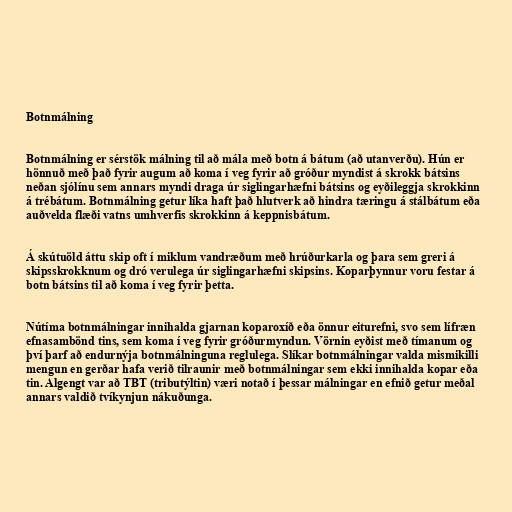
Botnmálning

Botnmálning er sérstök málning til að mála með botn á bátum (að utanverðu). Hún er
hönnuð með það fyrir augum að koma í veg fyrir að gróður myndist á skrokk bátsins
neðan sjólínu sem annars myndi draga úr siglingarhæfni bátsins og eyðileggja skrokkinn
á trébátum. Botnmálning getur líka haft það hlutverk að hindra tæringu á stálbátum eða
auðvelda flæði vatns umhverfis skrokkinn á keppnisbátum.

Á skútuöld áttu skip oft í miklum vandræðum með hrúðurkarla og þara sem greri á
skipsskrokknum og dró verulega úr siglingarhæfni skipsins. Koparþynnur voru festar á
botn bátsins til að koma í veg fyrir þetta.

Nútíma botnmálningar innihalda gjarnan koparoxíð eða önnur eiturefni, svo sem lífræn
efnasambönd tins, sem koma í veg fyrir gróðurmyndun. Vörnin eyðist með tímanum og
því þarf að endurnýja botnmálninguna reglulega. Slíkar botnmálningar valda mismikilli
mengun en gerðar hafa verið tilraunir með botnmálningar sem ekki innihalda kopar eða
tin. Algengt var að TBT (tributýltin) væri notað í þessar málningar en efnið getur meðal
annars valdið tvíkynjun nákuðunga.